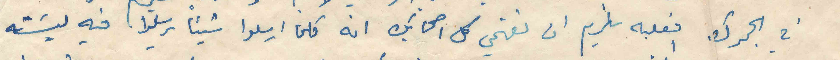
في الجمرك فعليه يلزم ان تفهمي كل اصحابك انه كلما ارسلوا شيئا يرسلوا فيه ليسته